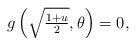
LaTeX: \begin{align*} g\left(\textstyle\sqrt{\frac{1+u}{2}},\theta\right)=0, \end{align*}